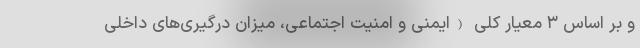
و بر اساس ۳ معیار کلی (ایمنی و امنیت اجتماعی، میزان درگیری‌های داخلی